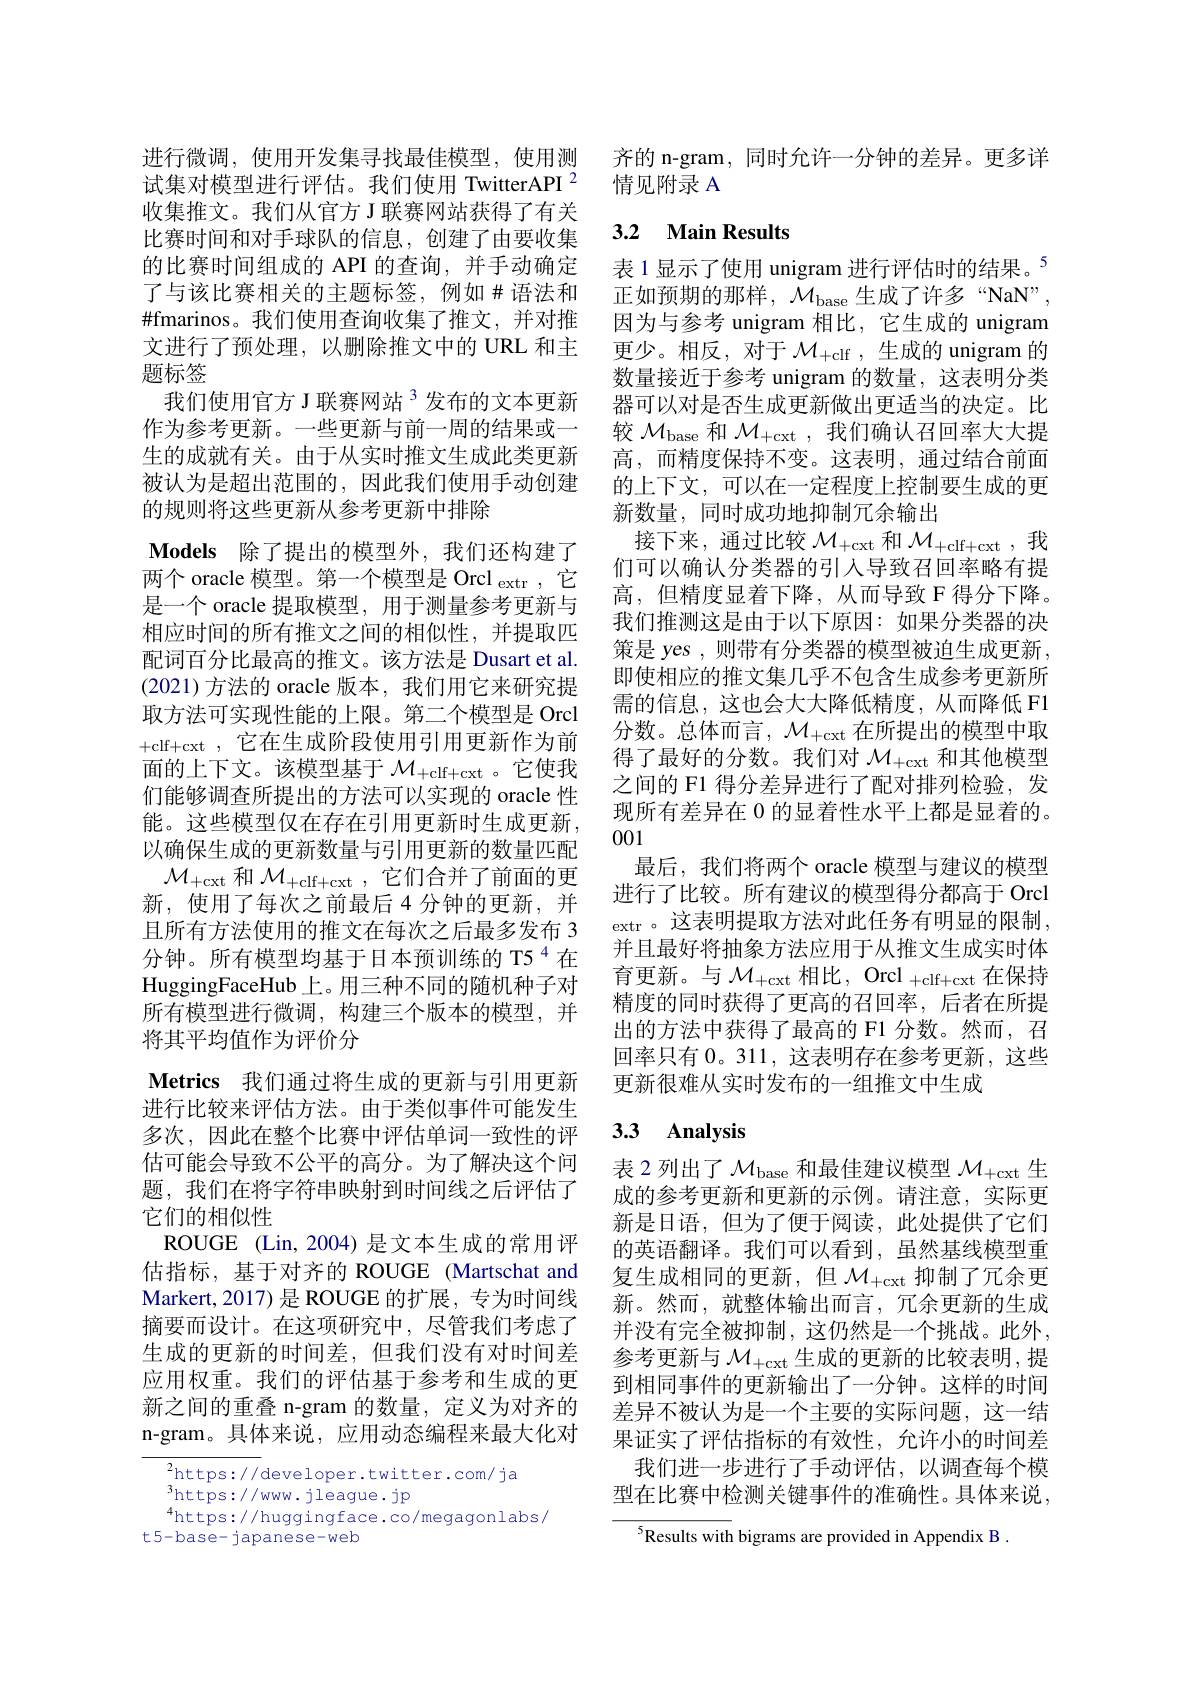
进行微调，使用开发集寻找最佳模型，使用测试集对模型进行评估。我们使用 TwitterAPI $^{2}$ 收集推文。我们从官方 J 联赛网站获得了有关比赛时间和对手球队的信息，创建了由要收集的比赛时间组成的 API 的查询，并手动确定了与该比赛相关的主题标签，例如#语法和$\#$fmarinos。我们使用查询收集了推文，并对推文进行了预处理，以删除推文中的 URL 和主题标签
我们使用官方 J 联赛网站$^{3}$发布的文本更新作为参考更新。一些更新与前一周的结果或一生的成就有关。由于从实时推文生成此类更新被认为是超出范围的，因此我们使用手动创建的规则将这些更新从参考更新中排除

$\textbf{Models 除 了 提 出 的 模 型 外 , 我 们 还 构 建 了 }$ 两个 oracle 模型。第一个模型是 Orcl $_\mathrm{extr}$,它是一个 oracle 提取模型，用于测量参考更新与相应时间的所有推文之间的相似性，并提取四配词百分比最高的推文。该方法是 Dusart et al. (2021)方法的 oracle 版本，我们用它来研究提取方法可实现性能的上限。第二个模型是 Orcl +clf+cxt,它在生成阶段使用引用更新作为前面的上下文。该模型基于$\mathcal{M} _+$clf+ cxt 。它使我们能够调查所提出的方法可以实现的 oracle 性能。这些模型仅在存在引用更新时生成更新以确保生成的更新数量与引用更新的数量匹配$\mathcal{M}_{+\mathrm{cxt}}$和$\mathcal{M} _+$clf+ cxt,它们合并了前面的更新，使用了每次之前最后 4 分钟的更新，并且所有方法使用的推文在每次之后最多发布 3分钟。所有模型均基于日本预训练的 T5$^{4}$在HuggingFaceHub 上。用三种不同的随机种子对所有模型进行微调，构建三个版本的模型，并将其平均值作为评价分
Metrics 我们通过将生成的更新与引用更新进行比较来评估方法。由于类似事件可能发生多次，因此在整个比赛中评估单词一致性的评估可能会导致不公平的高分。为了解决这个问题，我们在将字符串映射到时间线之后评估了它们的相似性
ROUGE (Lin,2004)是文本生成的常用评估指标，基于对齐的 ROUGE (Martschat and Markert,2017)是 ROUGE 的扩展，专为时间线摘要而设计。在这项研究中，尽管我们考虑了生成的更新的时间差，但我们没有对时间差应用权重。我们的评估基于参考和生成的更新之间的重叠 n-gram 的数量，定义为对齐的n-gram。具体来说，应用动态编程来最大化对

$^{2}$https://developer.twitter.com/ja
$^{3}$https://www.jleague.jp
$^{4}$https://huggingface.co/megagonlabs/
t5-base- japanese-web

齐的 n-gram, 同时允许一分钟的差异。更多详
情见附录 A

## 3.2 Main Results

表 1 显示了使用 unigram 进行评估时的结果。5正如预期的那样，$\mathcal{M}_\mathrm{base}$生成了许多“NaN”, 因为与参考 unigram 相比，它生成的 unigram 更少。相反，对于$\mathcal{M} _+$clf ,生成的 unigram 的数量接近于参考 unigram 的数量，这表明分类器可以对是否生成更新做出更适当的决定。比较$\mathcal{M}_\mathrm{base}$和$\mathcal{M}_\mathrm{+cxt}$,我们确认召回率大大提高，而精度保持不变。这表明，通过结合前面的上下文，可以在一定程度上控制要生成的更新数量，同时成功地抑制冗余输出
接下来，通过比较$\mathcal{M}_\mathrm{+cxt}$和$\mathcal{M}_\mathrm{+clf+cxt}$,我们可以确认分类器的引入导致召回率略有提高，但精度显着下降，从而导致 F 得分下降。我们推测这是由于以下原因：如果分类器的决策是 yes , 则带有分类器的模型被迫生成更新， 即使相应的推文集几乎不包含生成参考更新所需的信息，这也会大大降低精度，从而降低 F1分数。总体而言，$\mathcal{M} _+$cxt在所提出的模型中取得了最好的分数。我们对$\mathcal{M}_\mathrm{+cxt}$和其他模型之间的 F1 得分差异进行了配对排列检验，发现所有差异在 0 的显着性水平上都是显着的。001
最后，我们将两个 oracle 模型与建议的模型进行了比较。所有建议的模型得分都高于 Orcl extr 。这表明提取方法对此任务有明显的限制， 并且最好将抽象方法应用于从推文生成实时体育更新。与$\mathcal{M} _+$cxt相比，Orcl $_+$clf+ cxt在保持精度的同时获得了更高的召回率，后者在所提出的方法中获得了最高的 F1 分数。然而，召回率只有0。311,这表明存在参考更新，这些更新很难从实时发布的一组推文中生成

## 3.3 Analysis

表 2 列出了$\mathcal{M}_\mathrm{base}$和最佳建议模型$\mathcal{M} _+$cxt生成的参考更新和更新的示例。请注意，实际更新是日语，但为了便于阅读，此处提供了它们的英语翻译。我们可以看到，虽然基线模型重复生成相同的更新，但$\mathcal{M} _+$cxt抑制了冗余更新。然而，就整体输出而言，冗余更新的生成并没有完全被抑制，这仍然是一个挑战。此外， 参考更新与$\mathcal{M}_{+\mathrm{cxt}}$生成的更新的比较表明，提到相同事件的更新输出了一分钟。这样的时间差异不被认为是一个主要的实际问题，这一结果证实了评估指标的有效性，允许小的时间差
我们进一步进行了手动评估，以调查每个模型在比赛中检测关键事件的准确性。具体来说，

$^{5}$Results with bigrams are provided in Appendix B